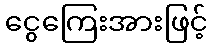
ငွေကြေးအားဖြင့်